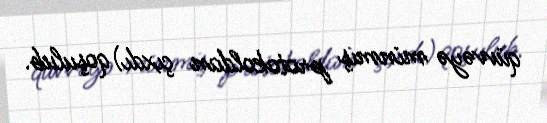
qüvvəyə minmiş protokoldan çıxdı) qoşulub.